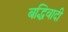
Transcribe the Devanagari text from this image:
बद्धिवादी